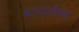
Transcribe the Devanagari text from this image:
भागातीलच